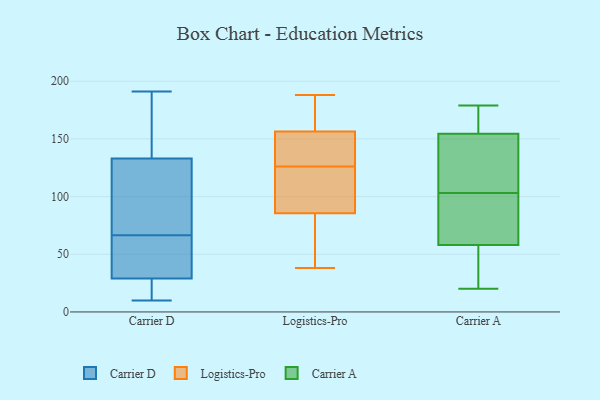
{"axis": {"x": "Humidity (%)", "y": "Value"}, "legend": ["Carrier A", "Carrier D", "Logistics-Pro"], "data": [{"x": "", "y": 27, "type": "Carrier D"}, {"x": "", "y": 35, "type": "Carrier D"}, {"x": "", "y": 112, "type": "Carrier D"}, {"x": "", "y": 133, "type": "Carrier D"}, {"x": "", "y": 10, "type": "Carrier D"}, {"x": "", "y": 21, "type": "Carrier D"}, {"x": "", "y": 184, "type": "Carrier D"}, {"x": "", "y": 109, "type": "Carrier D"}, {"x": "", "y": 67, "type": "Carrier D"}, {"x": "", "y": 66, "type": "Carrier D"}, {"x": "", "y": 171, "type": "Carrier D"}, {"x": "", "y": 36, "type": "Carrier D"}, {"x": "", "y": 191, "type": "Carrier D"}, {"x": "", "y": 29, "type": "Carrier D"}, {"x": "", "y": 169, "type": "Logistics-Pro"}, {"x": "", "y": 167, "type": "Logistics-Pro"}, {"x": "", "y": 124, "type": "Logistics-Pro"}, {"x": "", "y": 66, "type": "Logistics-Pro"}, {"x": "", "y": 62, "type": "Logistics-Pro"}, {"x": "", "y": 188, "type": "Logistics-Pro"}, {"x": "", "y": 154, "type": "Logistics-Pro"}, {"x": "", "y": 184, "type": "Logistics-Pro"}, {"x": "", "y": 78, "type": "Logistics-Pro"}, {"x": "", "y": 148, "type": "Logistics-Pro"}, {"x": "", "y": 128, "type": "Logistics-Pro"}, {"x": "", "y": 38, "type": "Logistics-Pro"}, {"x": "", "y": 159, "type": "Logistics-Pro"}, {"x": "", "y": 57, "type": "Logistics-Pro"}, {"x": "", "y": 135, "type": "Logistics-Pro"}, {"x": "", "y": 93, "type": "Logistics-Pro"}, {"x": "", "y": 117, "type": "Logistics-Pro"}, {"x": "", "y": 93, "type": "Logistics-Pro"}, {"x": "", "y": 95, "type": "Logistics-Pro"}, {"x": "", "y": 130, "type": "Logistics-Pro"}, {"x": "", "y": 38, "type": "Carrier A"}, {"x": "", "y": 110, "type": "Carrier A"}, {"x": "", "y": 145, "type": "Carrier A"}, {"x": "", "y": 164, "type": "Carrier A"}, {"x": "", "y": 130, "type": "Carrier A"}, {"x": "", "y": 87, "type": "Carrier A"}, {"x": "", "y": 125, "type": "Carrier A"}, {"x": "", "y": 164, "type": "Carrier A"}, {"x": "", "y": 172, "type": "Carrier A"}, {"x": "", "y": 179, "type": "Carrier A"}, {"x": "", "y": 58, "type": "Carrier A"}, {"x": "", "y": 76, "type": "Carrier A"}, {"x": "", "y": 58, "type": "Carrier A"}, {"x": "", "y": 57, "type": "Carrier A"}, {"x": "", "y": 96, "type": "Carrier A"}, {"x": "", "y": 20, "type": "Carrier A"}]}